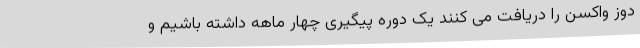
دوز واکسن را دریافت می کنند یک دوره پیگیری چهار ماهه داشته باشیم و